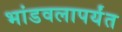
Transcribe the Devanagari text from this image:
भांडवलापर्यंत